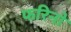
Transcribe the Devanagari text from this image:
फरिनो